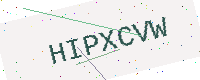
Text: HIPXCVW